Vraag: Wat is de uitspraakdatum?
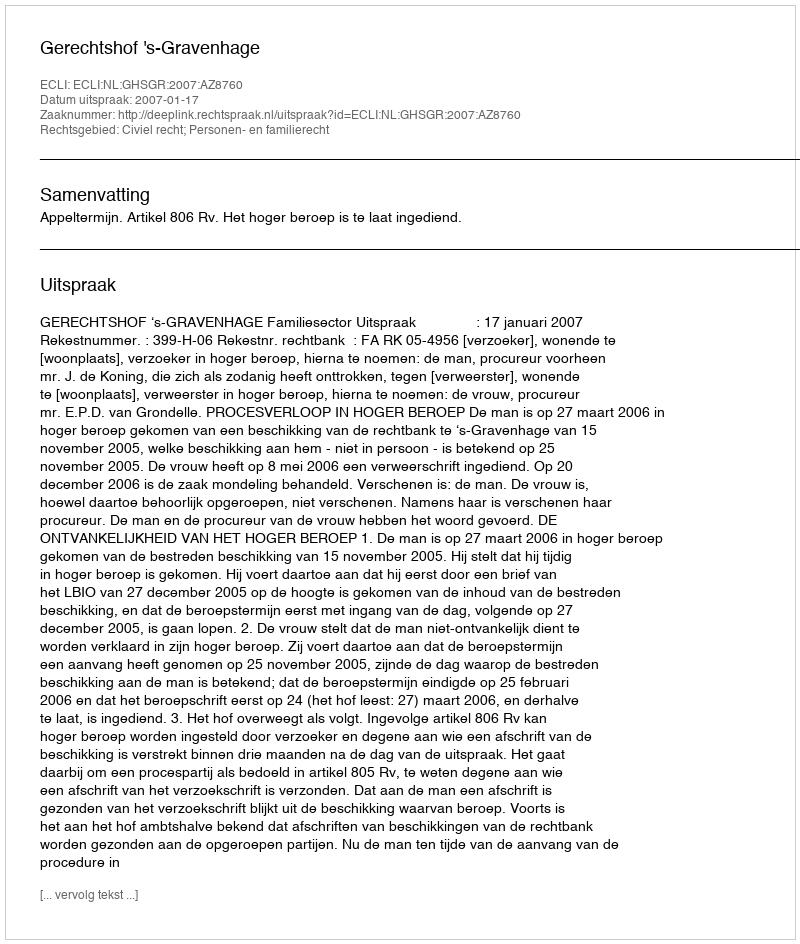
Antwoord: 2007-01-17